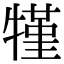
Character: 㹏